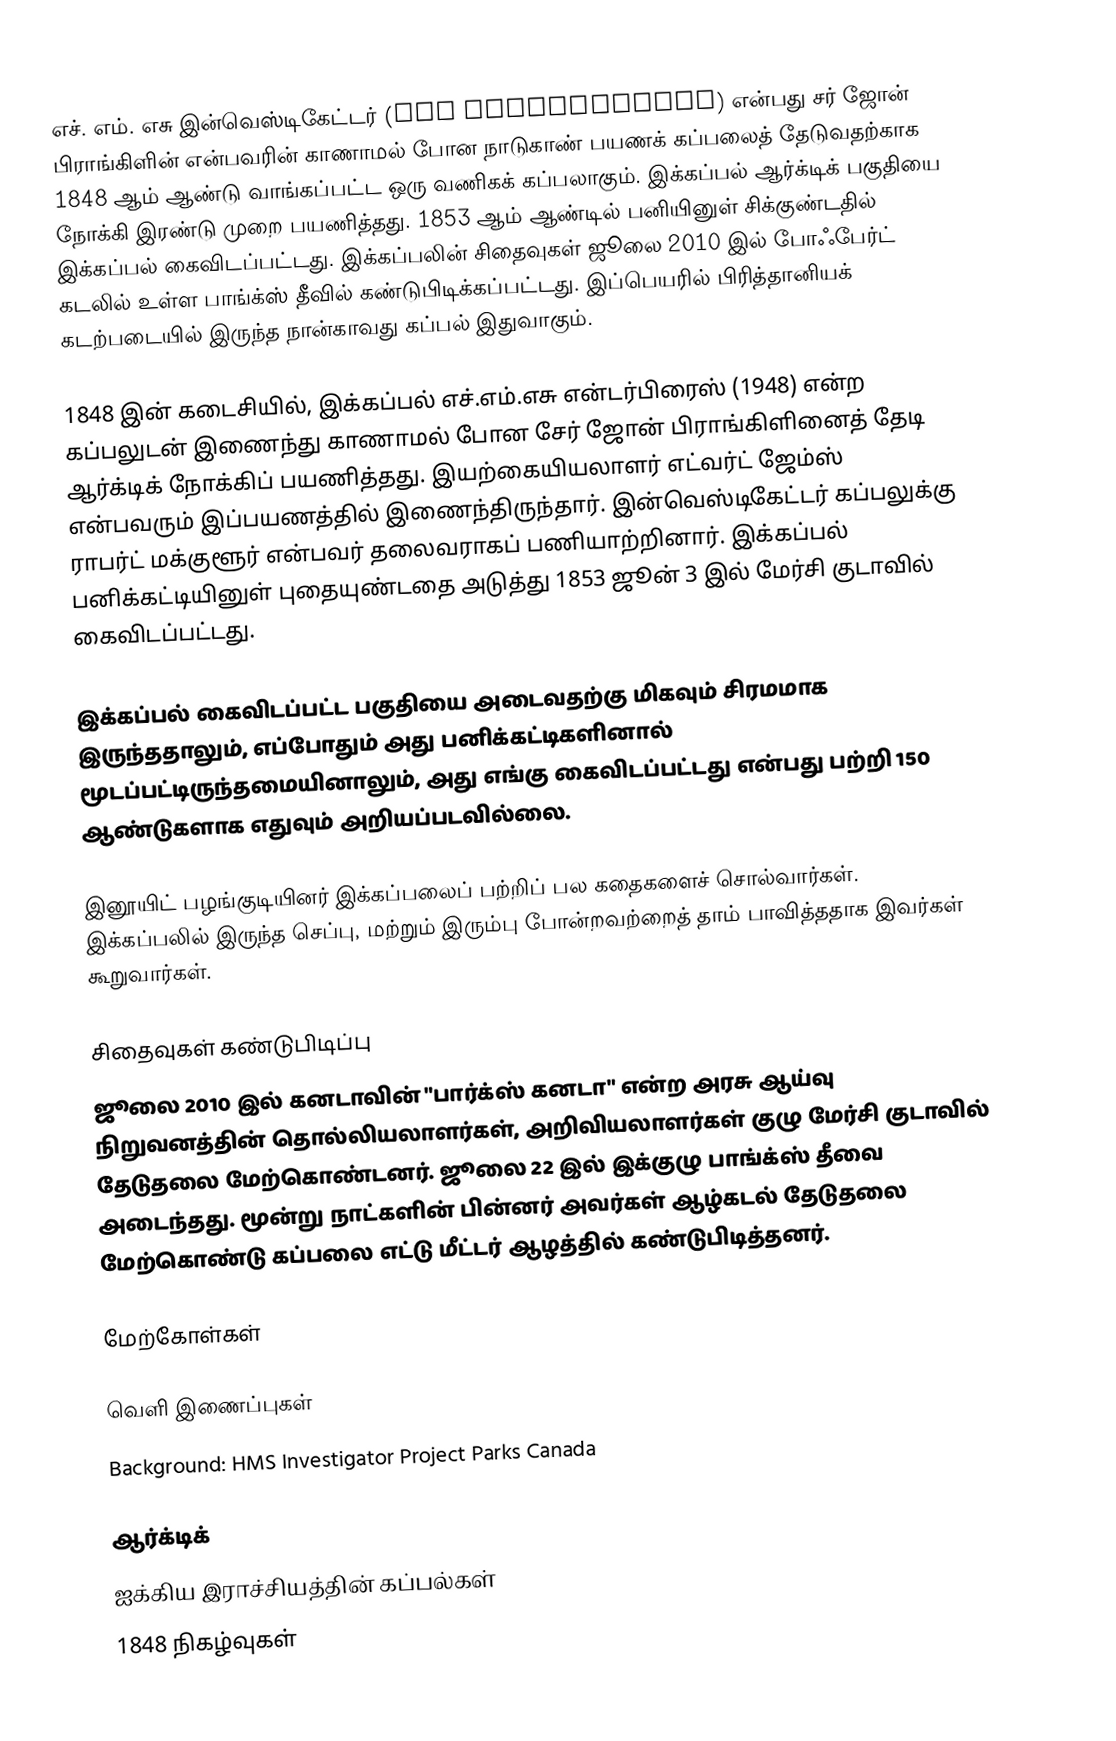
எச். எம். எசு இன்வெஸ்டிகேட்டர் (HMS Investigator) என்பது சர் ஜோன் பிராங்கிளின் என்பவரின் காணாமல் போன நாடுகாண் பயணக் கப்பலைத் தேடுவதற்காக 1848 ஆம் ஆண்டு வாங்கப்பட்ட ஒரு வணிகக் கப்பலாகும். இக்கப்பல் ஆர்க்டிக் பகுதியை நோக்கி இரண்டு முறை பயணித்தது. 1853 ஆம் ஆண்டில் பனியினுள் சிக்குண்டதில் இக்கப்பல் கைவிடப்பட்டது. இக்கப்பலின் சிதைவுகள் ஜூலை 2010 இல் போஃபேர்ட் கடலில் உள்ள பாங்க்ஸ் தீவில் கண்டுபிடிக்கப்பட்டது. இப்பெயரில் பிரித்தானியக் கடற்படையில் இருந்த நான்காவது கப்பல் இதுவாகும்.

1848 இன் கடைசியில், இக்கப்பல் எச்.எம்.எசு என்டர்பிரைஸ் (1948) என்ற கப்பலுடன் இணைந்து காணாமல் போன சேர் ஜோன் பிராங்கிளினைத் தேடி ஆர்க்டிக் நோக்கிப் பயணித்தது. இயற்கையியலாளர் எட்வர்ட் ஜேம்ஸ் என்பவரும் இப்பயணத்தில் இணைந்திருந்தார். இன்வெஸ்டிகேட்டர் கப்பலுக்கு ராபர்ட் மக்குளூர் என்பவர் தலைவராகப் பணியாற்றினார். இக்கப்பல் பனிக்கட்டியினுள் புதையுண்டதை அடுத்து 1853 ஜூன் 3 இல் மேர்சி குடாவில் கைவிடப்பட்டது.

இக்கப்பல் கைவிடப்பட்ட பகுதியை அடைவதற்கு மிகவும் சிரமமாக இருந்ததாலும், எப்போதும் அது பனிக்கட்டிகளினால் மூடப்பட்டிருந்தமையினாலும், அது எங்கு கைவிடப்பட்டது என்பது பற்றி 150 ஆண்டுகளாக எதுவும் அறியப்படவில்லை.

இனூயிட் பழங்குடியினர் இக்கப்பலைப் பற்றிப் பல கதைகளைச் சொல்வார்கள். இக்கப்பலில் இருந்த செப்பு, மற்றும் இரும்பு போன்றவற்றைத் தாம் பாவித்ததாக இவர்கள் கூறுவார்கள்.

சிதைவுகள் கண்டுபிடிப்பு
ஜூலை 2010 இல் கனடாவின் "பார்க்ஸ் கனடா" என்ற அரசு ஆய்வு நிறுவனத்தின் தொல்லியலாளர்கள், அறிவியலாளர்கள் குழு மேர்சி குடாவில் தேடுதலை மேற்கொண்டனர். ஜூலை 22 இல் இக்குழு பாங்க்ஸ் தீவை அடைந்தது. மூன்று நாட்களின் பின்னர் அவர்கள் ஆழ்கடல் தேடுதலை மேற்கொண்டு கப்பலை எட்டு மீட்டர் ஆழத்தில் கண்டுபிடித்தனர்.

மேற்கோள்கள்

வெளி இணைப்புகள்
Background: HMS Investigator Project  Parks Canada

ஆர்க்டிக்
ஐக்கிய இராச்சியத்தின் கப்பல்கள்
1848 நிகழ்வுகள்